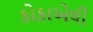
કોકાએલી